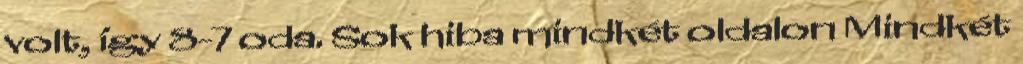
volt, így 8-7 oda. Sok hiba mindkét oldalon Mindkét